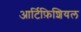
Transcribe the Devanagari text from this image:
आर्टिफ़िशियल